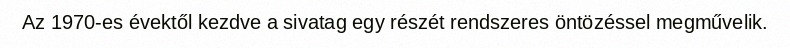
Az 1970-es évektől kezdve a sivatag egy részét rendszeres öntözéssel megművelik.